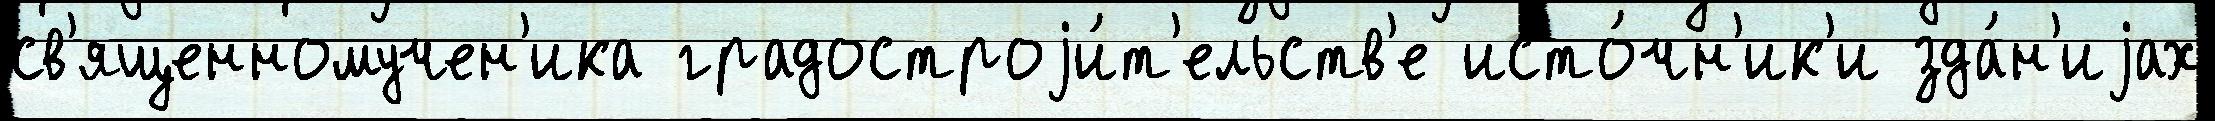
св'ященномучен'ика градостроjи́т'ельств'е исто́чн'ик'и зда́н'иjах